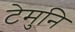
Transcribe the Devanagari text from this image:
टेमुनि